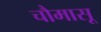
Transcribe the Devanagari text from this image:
चौमासू